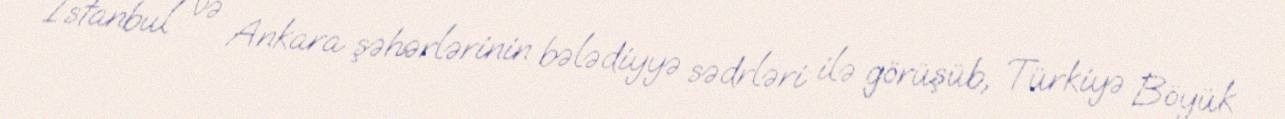
İstanbul və Ankara şəhərlərinin bələdiyyə sədrləri ilə görüşüb, Türkiyə Böyük